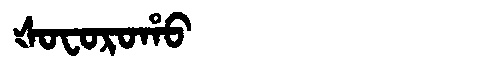
Manchu: ᡧᠣᠸᠣᡵᠣᡥᠣ
Romanization: ŠOFOROHO